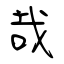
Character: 哉